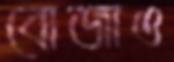
বোজাও